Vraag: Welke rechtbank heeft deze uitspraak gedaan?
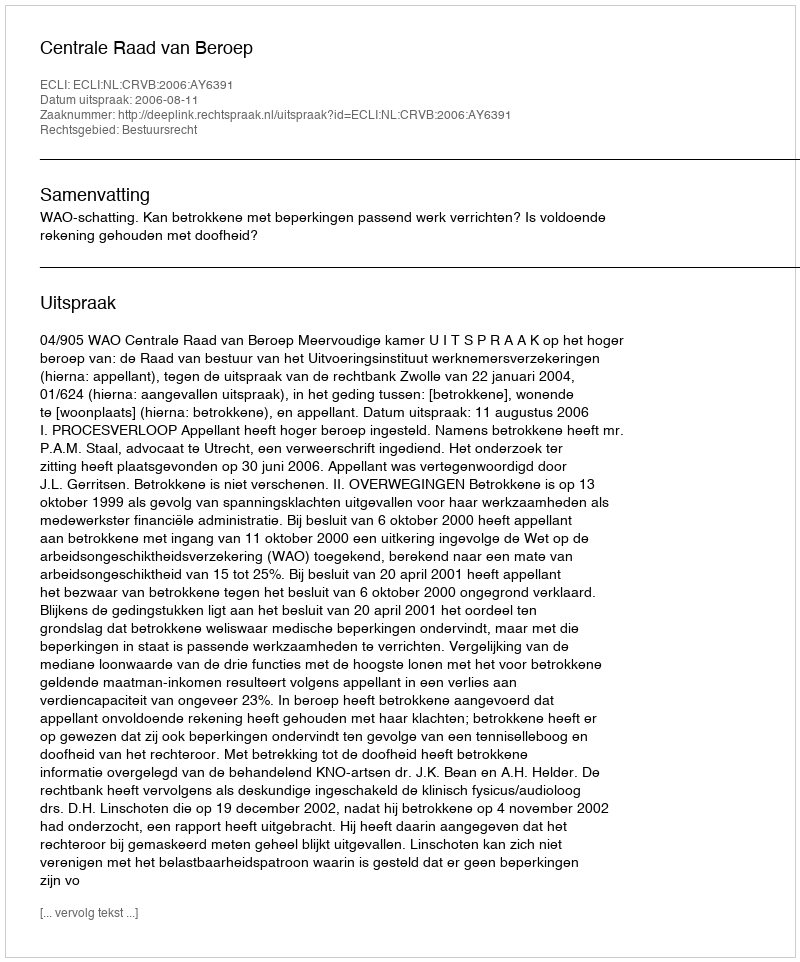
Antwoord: Centrale Raad van Beroep